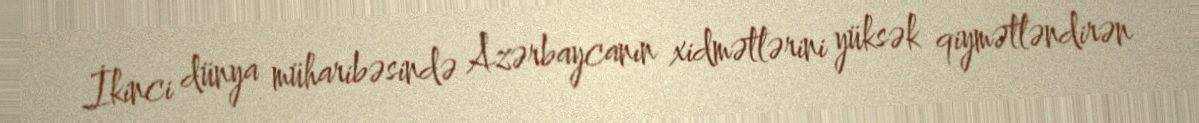
İkinci dünya müharibəsində Azərbaycanın xidmətlərini yüksək qiymətləndirən